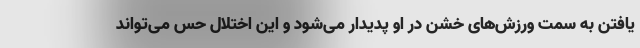
یافتن به سمت ورزش‌های خشن در او پدیدار می‌شود و این اختلال حس می‌تواند